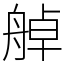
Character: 䑲